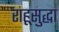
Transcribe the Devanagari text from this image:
राहूसुद्धा